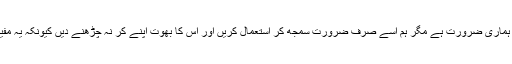
اس میں کوئی بعید نہیں ہے کہ سوشل میڈیا ہماری ضرورت ہے مگر ہم اسے صرف ضرورت سمجھ کر استعمال کریں اور اس کا بھوت اپنے کر نہ چڑھنے دیں کیونکہ یہ مفید تو ہے لیکن اتنا ہی مضر اور مہلک بھی ۔